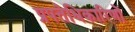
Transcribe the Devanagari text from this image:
प्रपत्तेधिकारिणों